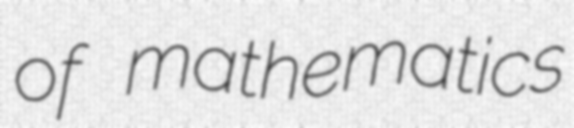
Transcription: of mathematics